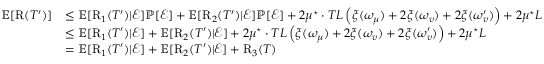
\begin{array} { r l } { \mathbb { E } [ \mathrm { R } ( T ^ { \prime } ) ] } & { \leq \mathbb { E } [ \mathrm { R } _ { 1 } ( T ^ { \prime } ) | \mathcal { E } ] \mathbb { P } [ \mathcal { E } ] + \mathbb { E } [ \mathrm { R } _ { 2 } ( T ^ { \prime } ) | \mathcal { E } ] \mathbb { P } [ \mathcal { E } ] + 2 \mu ^ { \star } \cdot T L \left( \xi ( \omega _ { \mu } ) + 2 \xi ( \omega _ { v } ) + 2 \xi ( \omega _ { v } ^ { \prime } ) \right) + 2 \mu ^ { \star } L } \\ & { \leq \mathbb { E } [ \mathrm { R } _ { 1 } ( T ^ { \prime } ) | \mathcal { E } ] + \mathbb { E } [ \mathrm { R } _ { 2 } ( T ^ { \prime } ) | \mathcal { E } ] + 2 \mu ^ { \star } \cdot T L \left( \xi ( \omega _ { \mu } ) + 2 \xi ( \omega _ { v } ) + 2 \xi ( \omega _ { v } ^ { \prime } ) \right) + 2 \mu ^ { \star } L } \\ & { = \mathbb { E } [ \mathrm { R } _ { 1 } ( T ^ { \prime } ) | \mathcal { E } ] + \mathbb { E } [ \mathrm { R } _ { 2 } ( T ^ { \prime } ) | \mathcal { E } ] + \mathrm { R } _ { 3 } ( T ) } \end{array}